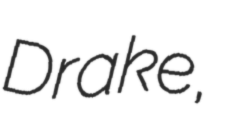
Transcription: Drake,